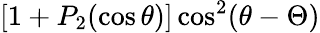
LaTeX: [1+P_{2}(\cos\theta)]\cos^{2}(\theta-\Theta)